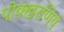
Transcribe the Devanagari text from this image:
पोक्खरणियं